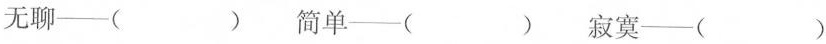
无聊——( ) 简单——( ) 寂寞——( )